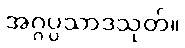
အဂ္ဂပ္ပသာဒသုတ်။